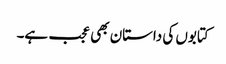
کتابوں کی داستان بھی عجب ہے۔